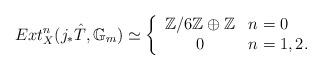
LaTeX: \begin{align*}Ext^n_X(j_{*}\hat{T},\mathbb{G}_m) \simeq \left\{\begin{array}{cl} \mathbb{Z}/6\mathbb{Z} \oplus \mathbb{Z} & \mbox{$n=0$} \\ 0 & \mbox{$n=1,2$.}\end{array}\right.\end{align*}